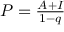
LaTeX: \textstyle P = { \frac { A + I } { 1 - q } } \,